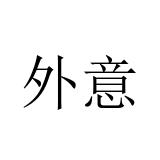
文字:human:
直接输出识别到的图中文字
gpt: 外意